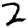
Digit: 2